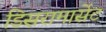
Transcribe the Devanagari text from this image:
डिसरामासेंट